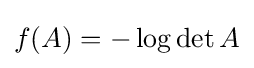
f(A)=-\log \det A